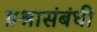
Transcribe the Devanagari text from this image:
प्रश्नासंबंधी